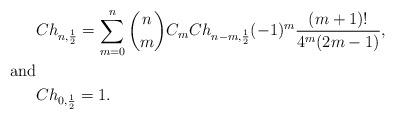
LaTeX: \begin{align*}&Ch_{n,\frac{1}{2}} = \sum_{m=0}^n {n \choose m} C_m Ch_{n-m, \frac{1}{2}}(-1)^{m}\frac{(m+1)! }{4^m(2m-1)}, \\\textnormal{and}& \\&Ch_{0,\frac{1}{2}} = 1.\end{align*}